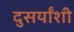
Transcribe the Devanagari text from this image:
दुसर्यांशी